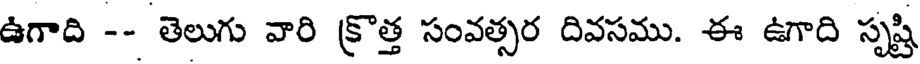
ఉగాది -- తెలుగు వారి క్రొత్త సంవత్సర దివసము. ఈ ఉగాది సృష్టి